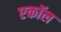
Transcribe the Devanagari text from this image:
एकॉल